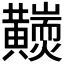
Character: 𪏩